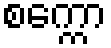
စက္ကော